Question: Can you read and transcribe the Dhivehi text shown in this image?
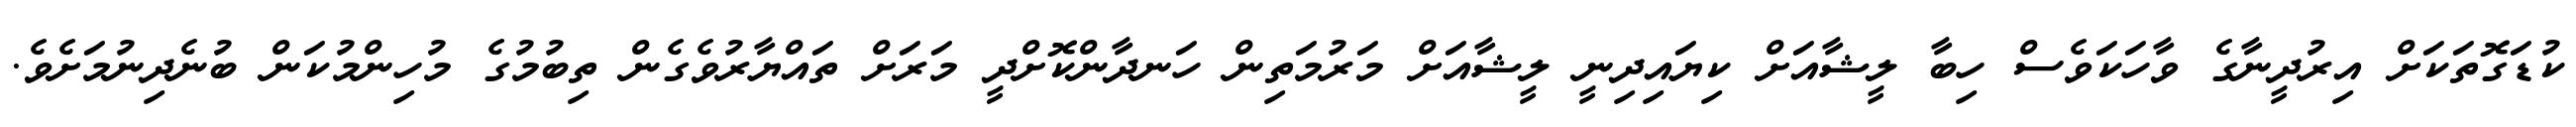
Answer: ކުޑަގޮތަކަށް އިރުދީނާގެ ވާހަކަވެސް ހިބާ ލީޝާއަށް ކިޔައިދިނީ ލީޝާއަށް މަރުމަތިން ހަނދާންކޮށްދީ މަރަށް ތައްޔާރުވެގެން ތިބުމުގެ މުހިންމުކަން ބުނެދިނުމަށެވެ.